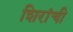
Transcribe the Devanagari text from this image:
शिरांची